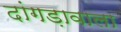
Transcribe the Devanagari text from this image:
दांगड़ावाला